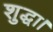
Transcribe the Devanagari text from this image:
शुद्धा।